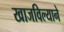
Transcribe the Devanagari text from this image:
खाजविल्याने